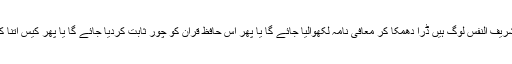
بالکل بھی نہیں پہلی بات کہ مقتول کے والدین شریف النفس لوگ ہیں ڈرا دھمکا کر معافی نامہ لکھوالیا جائے گا یا پھر اس حافظ قرآن کو چور ثابت کردیا جائے گا یا پھر کیس اتنا کمزور ہوگا کہ ملزم باعزت بری اور بات ختم ۔